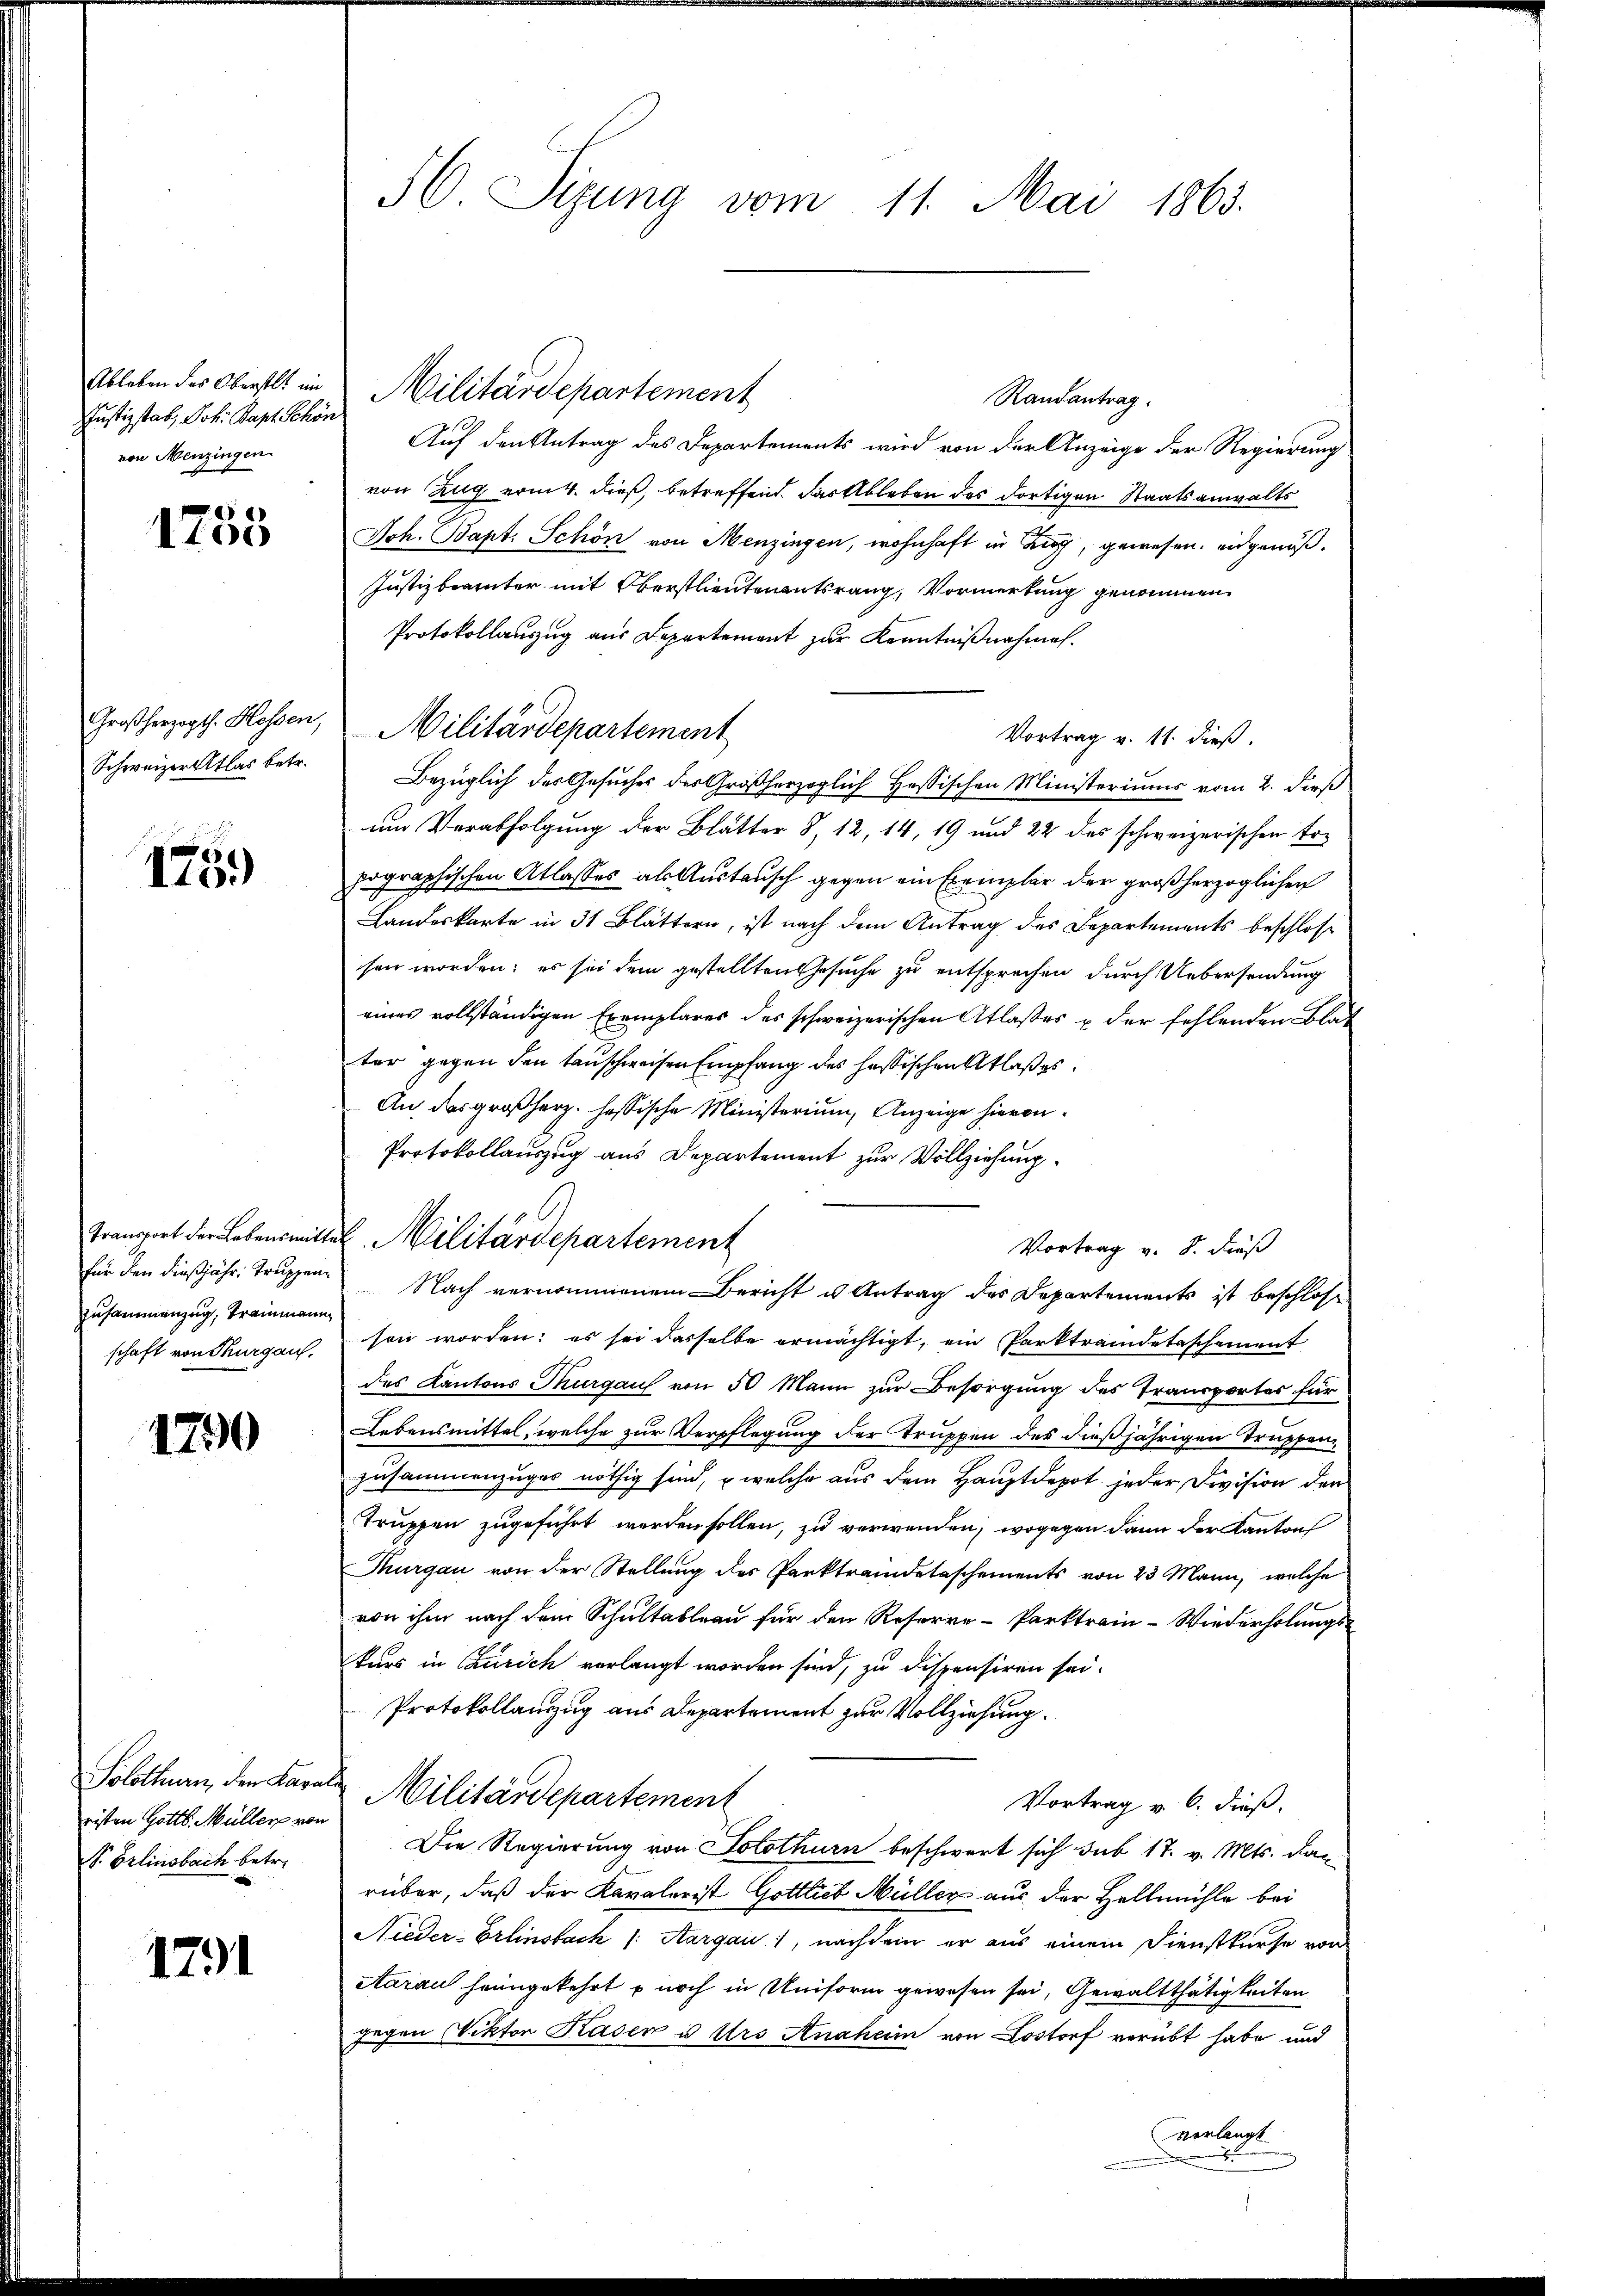
Ableben des Oberstli im
Justizstab, Joh. Bapt. Schön
von Menzingen.

1755

Großherzogth. Hessen,
Schweizer Atlas betr.

175.)

Transport der Lebensmitte
für den dießjähr. Truppen¬
Zusammenzug, Trammann
schaft von Thurgau,

1790

Solothurn, den Lavar
eisten Gotts. Müller von
S. Gelinsbach betre

1791

H. Sigung vom 11. Mai 1865.

Militärdepartement
Randantrag.
Auf den Antrag des Departements wird von der Anzeige der Regierung
von Zug vom 4. dieß, betreffend. Das Ableben des dortigen Staatsanwalts
Joh. Bapt. Schön von Menzingen, wohnhaft in Zug, gewesen. eidgenöß¬
Justizbeamter mit Oberstlieutenantsrang, Vormerkung genommen
Protokollanzug aus Departement zur Kenntnißnahmen.
Vortrag v. 11. dieß.
Bezüglich des Gesuches des Großherzoglich Hessischen Ministeriums vom 2. dieß
um Verabfolgung der Blätter § 12, 14, 19 und 22 des schweizerischen Topographischen Atlasses als Austausch gegen ein Exemplar der großherzoglichen
Landeskarte in 31 Blättern, ist nach dem Antrag des Departements beschlosse
sen worden; es sei dem gestellten Gesuche zu entsprechen durch Uebersendung
eines vollständigen Exemplares des schweizerischen Atlaßes u der fehlenden Blater gegen den tauschweisen Empfang des hessischen Atlaßes
An das großherz. Hassische Ministerium, Anzeige hievon
Protokollauszug aus Departement zur Vollziehung.

Nach vernommenem Bericht es Antrag des Departements ist beschlosse
son worden; es sei dasselbe ermächtigt, ein Parktraidetaschement
des Kantons Thurgau von 50 Mann zur Besorgung des Transportes für
Lebensmittel, welche zur Verpflegung der Truppen des dießjährigen Truppenzusammenzuges nöthig sind, welche aus dem Hauptdepot jeder Division der
Truppen zugeführt werden sollen, zu verwenden, wogegen dann der Kanton
Thurgau von der Stellung des Parktraidetaschements von 23 Mann, welche
von ihm nach dem Schultableau für den Reserre-Parktrain-Wiederholungs-
kurs in Zürich verlangt worden sind, zu dispensiren sei.
Protokollanzug aus Departement zur Vollziehung.
Militärdepartement
Vortrag v. 6. dieß.
Die Regierung von Solothurn beschwert sich sub 17. v. Mts. darüber, daß der Kavalerist Gottlieb Müller aus der Hellmühle bei
Nieder-Erlinsbach /: Aargau, nachdem er aus einem Dienstkurse von
Aarau heimgekehrt noch in Uniform gewesen sei, Gewaltthätigkeiten
gegen Viktor Kaden u Urs Anaheim von Lostorf verübt habe und
Anleiht.

Militärdepartement

2. Militärdepartement

Vortrag v. 8. dieß